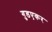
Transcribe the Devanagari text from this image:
गुडएकर